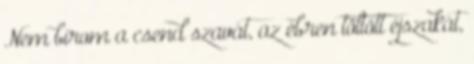
Nem bírom a csend szavát, az ébren töltött éjszakát,